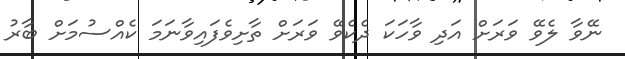
ނޭވާ ލެވޭ ވަރަށް އަދި ވާހަކަ ދެކެވޭ ވަރަށް ތާށިވެފައިވާނަމަ ކެއްސުމަށް ބާރު